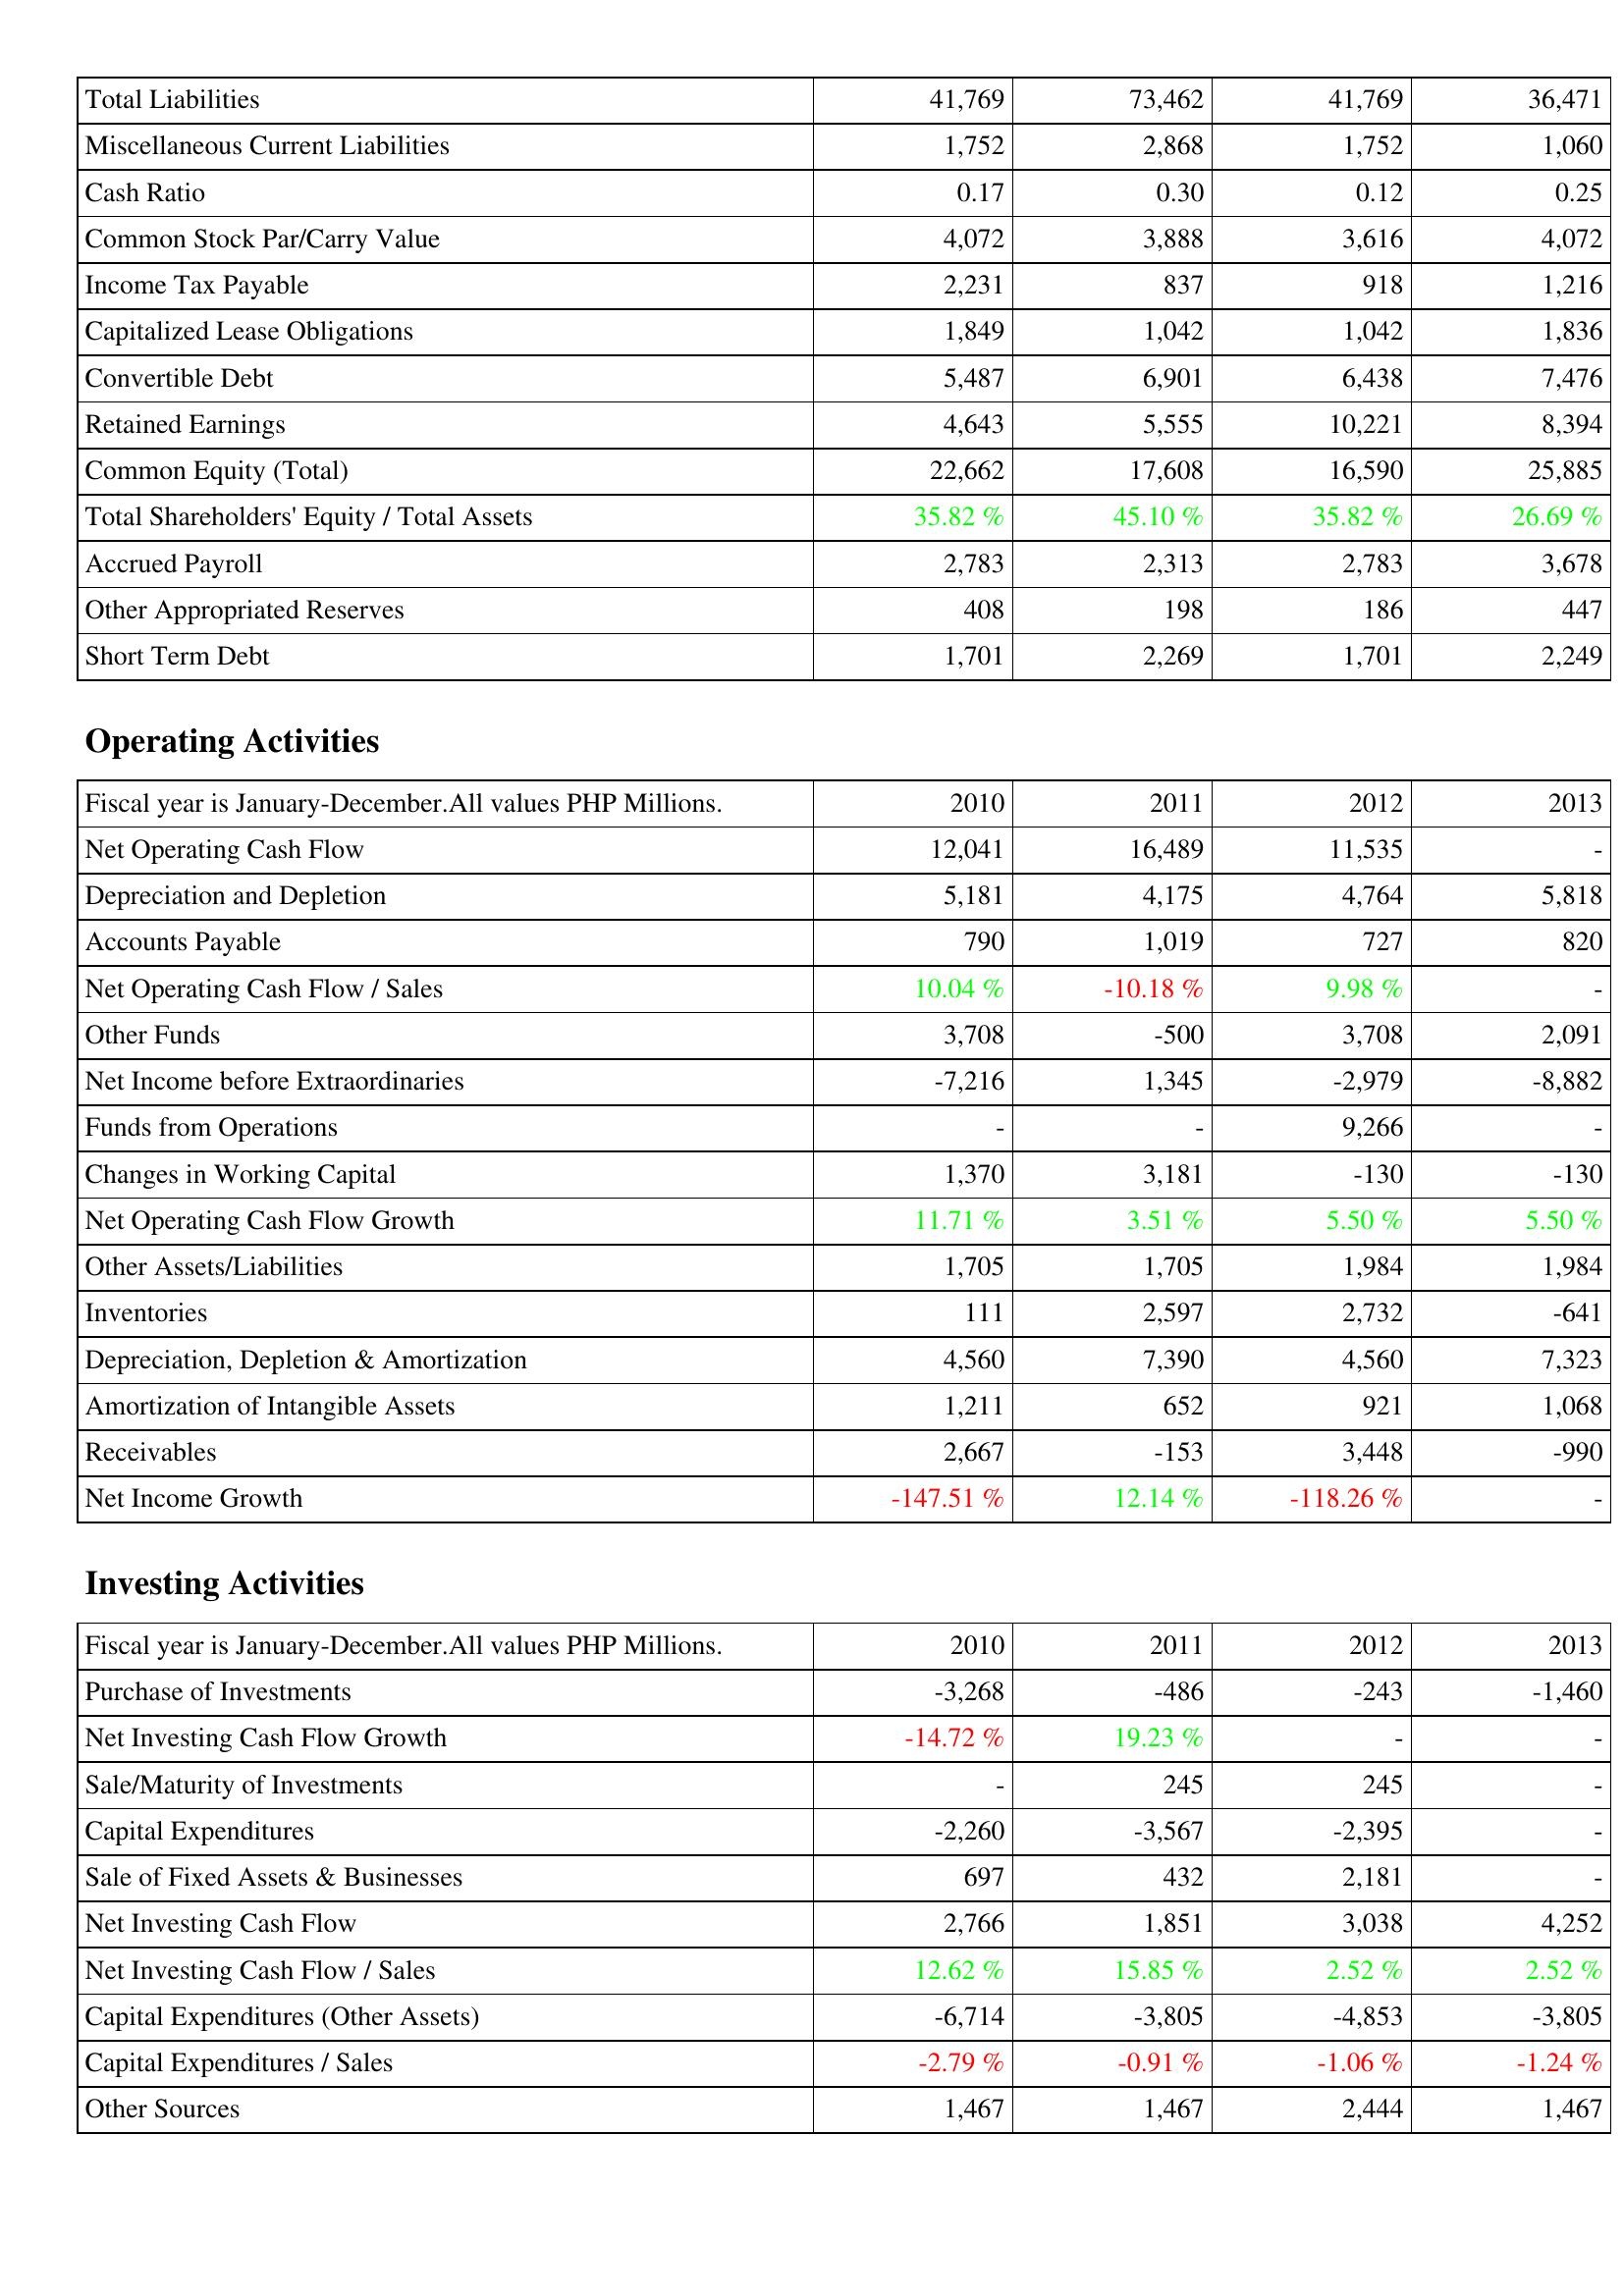
2010: Liabilities & Shareholders' Equity: Total Liabilities: 41,769
Miscellaneous Current Liabilities: 1,752
Cash Ratio: 0.17
Common Stock Par/Carry Value: 4,072
Income Tax Payable: 2,231
Capitalized Lease Obligations: 1,849
Convertible Debt: 5,487
Retained Earnings: 4,643
Common Equity (Total): 22,662
Total Shareholders' Equity / Total Assets: 35.82 %
Accrued Payroll: 2,783
Other Appropriated Reserves: 408
Short Term Debt: 1,701
Operating Activities: Net Operating Cash Flow: 12,041
Depreciation and Depletion: 5,181
Accounts Payable: 790
Net Operating Cash Flow / Sales: 10.04 %
Other Funds: 3,708
Net Income before Extraordinaries: -7,216
Funds from Operations: -
Changes in Working Capital: 1,370
Net Operating Cash Flow Growth: 11.71 %
Other Assets/Liabilities: 1,705
Inventories: 111
Depreciation, Depletion & Amortization: 4,560
Amortization of Intangible Assets: 1,211
Receivables: 2,667
Net Income Growth: -147.51 %
Investing Activities: Purchase of Investments: -3,268
Net Investing Cash Flow Growth: -14.72 %
Sale/Maturity of Investments: -
Capital Expenditures: -2,260
Sale of Fixed Assets & Businesses: 697
Net Investing Cash Flow: 2,766
Net Investing Cash Flow / Sales: 12.62 %
Capital Expenditures (Other Assets): -6,714
Capital Expenditures / Sales: -2.79 %
Other Sources: 1,467
2011: Liabilities & Shareholders' Equity: Total Liabilities: 73,462
Miscellaneous Current Liabilities: 2,868
Cash Ratio: 0.30
Common Stock Par/Carry Value: 3,888
Income Tax Payable: 837
Capitalized Lease Obligations: 1,042
Convertible Debt: 6,901
Retained Earnings: 5,555
Common Equity (Total): 17,608
Total Shareholders' Equity / Total Assets: 45.10 %
Accrued Payroll: 2,313
Other Appropriated Reserves: 198
Short Term Debt: 2,269
Operating Activities: Net Operating Cash Flow: 16,489
Depreciation and Depletion: 4,175
Accounts Payable: 1,019
Net Operating Cash Flow / Sales: -10.18 %
Other Funds: -500
Net Income before Extraordinaries: 1,345
Funds from Operations: -
Changes in Working Capital: 3,181
Net Operating Cash Flow Growth: 3.51 %
Other Assets/Liabilities: 1,705
Inventories: 2,597
Depreciation, Depletion & Amortization: 7,390
Amortization of Intangible Assets: 652
Receivables: -153
Net Income Growth: 12.14 %
Investing Activities: Purchase of Investments: -486
Net Investing Cash Flow Growth: 19.23 %
Sale/Maturity of Investments: 245
Capital Expenditures: -3,567
Sale of Fixed Assets & Businesses: 432
Net Investing Cash Flow: 1,851
Net Investing Cash Flow / Sales: 15.85 %
Capital Expenditures (Other Assets): -3,805
Capital Expenditures / Sales: -0.91 %
Other Sources: 1,467
2012: Liabilities & Shareholders' Equity: Total Liabilities: 41,769
Miscellaneous Current Liabilities: 1,752
Cash Ratio: 0.12
Common Stock Par/Carry Value: 3,616
Income Tax Payable: 918
Capitalized Lease Obligations: 1,042
Convertible Debt: 6,438
Retained Earnings: 10,221
Common Equity (Total): 16,590
Total Shareholders' Equity / Total Assets: 35.82 %
Accrued Payroll: 2,783
Other Appropriated Reserves: 186
Short Term Debt: 1,701
Operating Activities: Net Operating Cash Flow: 11,535
Depreciation and Depletion: 4,764
Accounts Payable: 727
Net Operating Cash Flow / Sales: 9.98 %
Other Funds: 3,708
Net Income before Extraordinaries: -2,979
Funds from Operations: 9,266
Changes in Working Capital: -130
Net Operating Cash Flow Growth: 5.50 %
Other Assets/Liabilities: 1,984
Inventories: 2,732
Depreciation, Depletion & Amortization: 4,560
Amortization of Intangible Assets: 921
Receivables: 3,448
Net Income Growth: -118.26 %
Investing Activities: Purchase of Investments: -243
Net Investing Cash Flow Growth: -
Sale/Maturity of Investments: 245
Capital Expenditures: -2,395
Sale of Fixed Assets & Businesses: 2,181
Net Investing Cash Flow: 3,038
Net Investing Cash Flow / Sales: 2.52 %
Capital Expenditures (Other Assets): -4,853
Capital Expenditures / Sales: -1.06 %
Other Sources: 2,444
2013: Liabilities & Shareholders' Equity: Total Liabilities: 36,471
Miscellaneous Current Liabilities: 1,060
Cash Ratio: 0.25
Common Stock Par/Carry Value: 4,072
Income Tax Payable: 1,216
Capitalized Lease Obligations: 1,836
Convertible Debt: 7,476
Retained Earnings: 8,394
Common Equity (Total): 25,885
Total Shareholders' Equity / Total Assets: 26.69 %
Accrued Payroll: 3,678
Other Appropriated Reserves: 447
Short Term Debt: 2,249
Operating Activities: Net Operating Cash Flow: -
Depreciation and Depletion: 5,818
Accounts Payable: 820
Net Operating Cash Flow / Sales: -
Other Funds: 2,091
Net Income before Extraordinaries: -8,882
Funds from Operations: -
Changes in Working Capital: -130
Net Operating Cash Flow Growth: 5.50 %
Other Assets/Liabilities: 1,984
Inventories: -641
Depreciation, Depletion & Amortization: 7,323
Amortization of Intangible Assets: 1,068
Receivables: -990
Net Income Growth: -
Investing Activities: Purchase of Investments: -1,460
Net Investing Cash Flow Growth: -
Sale/Maturity of Investments: -
Capital Expenditures: -
Sale of Fixed Assets & Businesses: -
Net Investing Cash Flow: 4,252
Net Investing Cash Flow / Sales: 2.52 %
Capital Expenditures (Other Assets): -3,805
Capital Expenditures / Sales: -1.24 %
Other Sources: 1,467